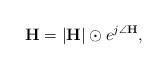
LaTeX: \begin{align*}\mathbf{H}=|\mathbf{H}| \odot e^{j \angle \mathbf{H}},\end{align*}